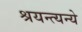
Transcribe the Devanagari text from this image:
श्रयन्त्यन्ये